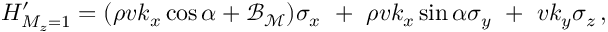
H _ { M _ { z } = 1 } ^ { \prime } = ( \rho v k _ { x } \cos \alpha + { \mathcal { B } } _ { { \mathcal { M } } } ) \sigma _ { x } \ + \ \rho v k _ { x } \sin \alpha \sigma _ { y } \ + \ v k _ { y } \sigma _ { z } \, ,